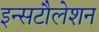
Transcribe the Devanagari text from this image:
इन्सटौलेशन